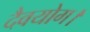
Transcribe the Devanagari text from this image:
दैवयोग।